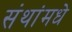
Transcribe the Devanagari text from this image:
संथांमधे